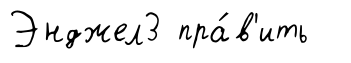
Энджел3 пра́в'ить